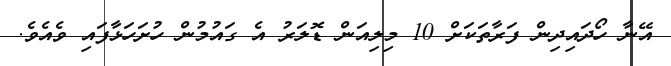
އޭނާ ހޯދައިދިން ފަރާތަކަށް 10 މިލިއަން ޑޮލަރު އެ ގައުމުން ހުށަހަޅާފައި ވެއެވެ.